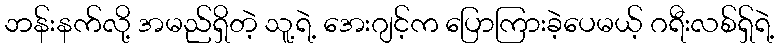
ဘန်းနက်လို့ အမည်ရှိတဲ့ သူ့ရဲ့ အေးဂျင့်က ပြောကြားခဲ့ပေမယ့် ဂရီးလစ်ရှ်ရဲ့